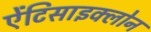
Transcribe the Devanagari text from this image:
ऐंटिसाइक्लोन